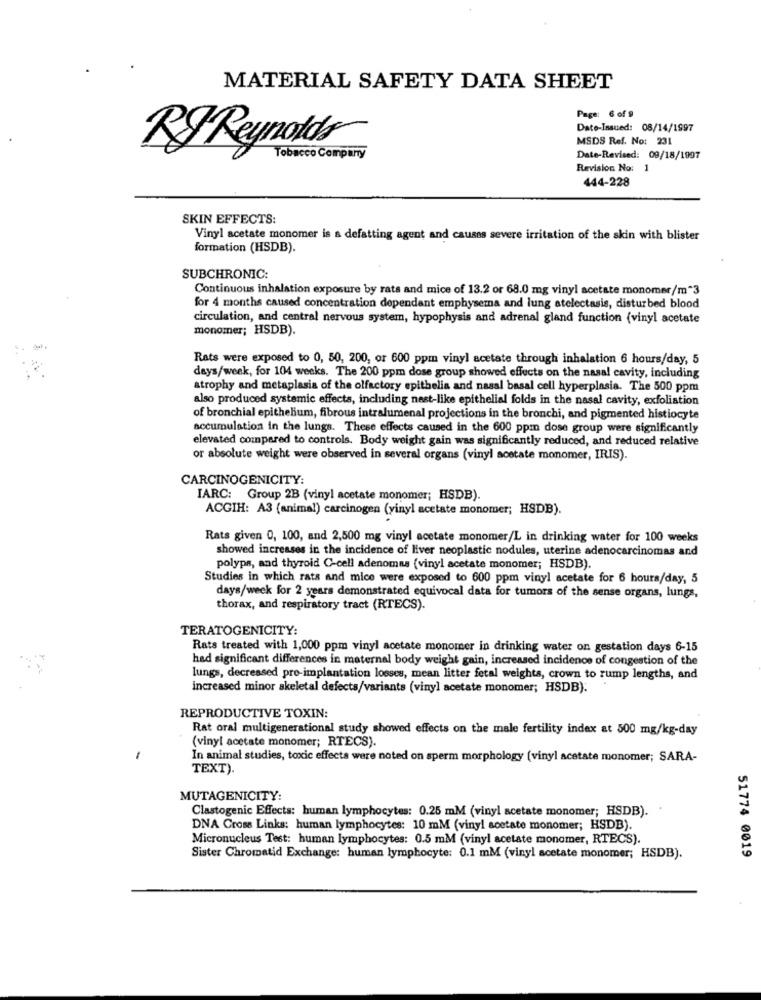
MATERIAL SAFETY DATA SHEET
Page: 6 of 9
Date-Issued: 08/14/1997
MSDS Ref. No: 231
RIReynolds
Tobacco Company
Date-Revised: 09/18/1997
Revision No: 1
444-228
SKIN EFFECTS:
Vinyl acetate monomer is a defatting agent and causes severe irritation of the skin with blister
formation (HSDB).
SUBCHRONIC:
Continuous inhalation exposure by rats and mice of 13.2 or 68.0 mg vinyl acetate monomer/m*3
for 4 months caused concentration dependant emphysema and lung atelectasis, disturbed blood
circulation, and central nervous system, hypophysis and adrenal gland function (vinyl acetate
monomer; HSDB).
Rats were exposed to 0, 50, 200, or 600 ppm vinyl acetate through inhalation 6 hours/day, 5
days/week, for 104 weeks. The 200 ppm dose group showed effects on the nasal cavity, including
atrophy and metaplasia of the olfactory epithelis and nasal basal cell hyperplasia. The 500 ppm
also produced systemic effects, including nest-like epithelial folds in the nasal cavity, exfoliation
of bronchial epithelium, fibrous intralumenal projections in the bronchi, and pigmented histiocyte
accumulation in the lungs. These effects caused in the 600 ppm dose group were significantly
elevated compared to controls. Body weight gain was significantly reduced, and reduced relative
or absolute weight were observed in several organs (vinyl acetate monomer, IRIS).
CARCINOGENICITY:
IARC: Group 2B (vinyl acetate monomer; HSDB).
ACGIH: A3 (animal) carcinogen (vinyl acetate monomer; HSDB).
Rats given 0, 100, and 2,500 mg vinyl acetate monomer/L in drinking water for 100 weeks
showed increases in the incidence of liver neoplastic nodules, uterine adenocarcinomas and
polyps, and thyroid C-cell adenomas (vinyl acetate monomer; HSDB).
Studies in which rats and mice were exposed to 600 ppm vinyl acetate for 6 hours/day, 5
days/week for 2 years demonstrated equivocal data for tumors of the sense organs, lungs,
thorax, and respiratory tract (RTECS).
TERATOGENICITY:
Rats treated with 1,000 ppm vinyl acetate monomer in drinking water on gestation days 6-15
had significant differences in maternal body weight gain, increased incidence of congestion of the
lungs, decreased pro-implantation losses, mean litter fetal weights, crown to rump lengths, and
increased minor skeletal defects/variants (vinyl acetate monomer; HSDB).
REPRODUCTIVE TOXIN:
Rat oral multigenerational study showed effects on the male fertility index at 500 mg/kg-day
(vinyl acetate monomer; RTECS)
-
In animal studies, toxic effects were noted on sperm morphology (vinyl acetate monomer; SARA-
TEXT).
MUTAGENICITY:
Clastogenic Effects: human lymphocytes: 0.25 mM (vinyl acetate monomer; HSDB).
DNA Cross Links: human lymphocytes: 10 mM (vinyl acetate monomer; HSDB).
Micronucleus Test: human lymphocytes: 0.5 mM (vinyl acetate monomer, RTECS).
51774 0019
Sister Chromatid Exchange: human lymphocyte: 0.1 mM (vinyl acetate monomer; HSDB).